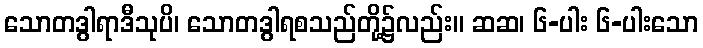
သောတဒွါရာဒီသုပိ၊ သောတဒွါရစသည်တို့၌လည်း။ ဆဆ၊ ၆-ပါး ၆-ပါးသော